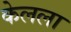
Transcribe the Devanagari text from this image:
केलला